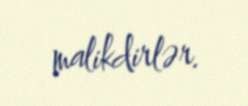
malikdirlər.